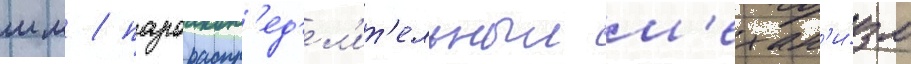
мм / парораспр'ед'ел'ит'ельныи м'ехан'и́зм